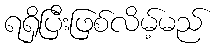
ရရှိပြီးဖြစ်လိမ့်မည်